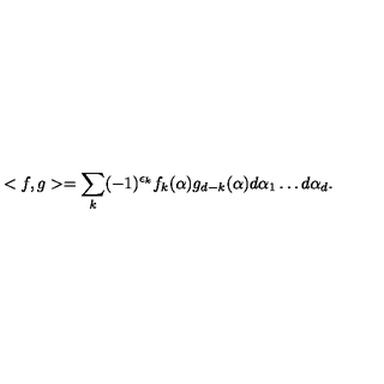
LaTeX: < f , g > = \sum _ { k } ( - 1 ) ^ { \epsilon _ { k } } f _ { k } ( \alpha ) g _ { d - k } ( \alpha ) d \alpha _ { 1 } \dots d \alpha _ { d } .